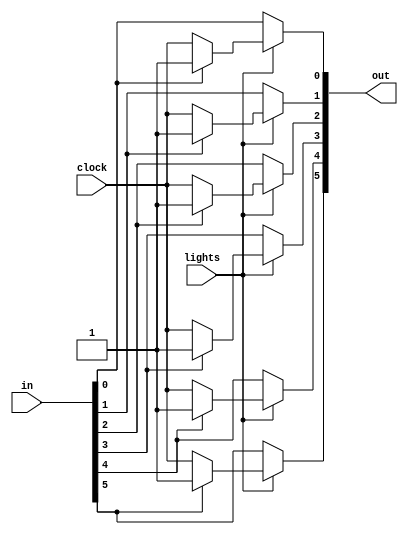
module dim(
	input [5:0] in,
	input clock,
	input lights,
	output reg [5:0] out
);

always @* begin
	if(!lights)
		out = in;
	else begin
		if(!in[5])
			out[5] = clock;
		else
			out[5] = 1'b1;

		if(!in[4])
			out[4] = clock;
		else
			out[4] = 1'b1;

		if(!in[3])
			out[3] = clock;
		else
			out[3] = 1'b1;

		if(!in[2])
			out[2] = clock;
		else
			out[2] = 1'b1;

		if(!in[1])
			out[1] = clock;
		else
			out[1] = 1'b1;

		if(!in[0])
			out[0] = clock;
		else
			out[0] = 1'b1;
	end
end

endmodule